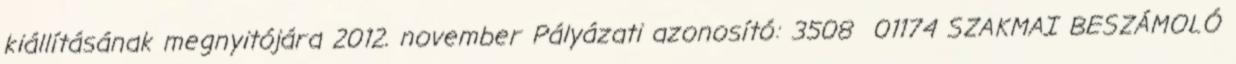
kiállításának megnyitójára 2012. november Pályázati azonosító: 3508 01174 SZAKMAI BESZÁMOLÓ